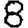
Digit: 8